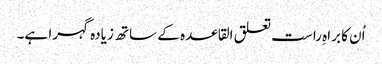
اُن کا براہِ راست تعلق القاعدہ کے ساتھ زیادہ گہرا ہے۔